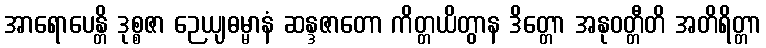
အာရောပေန္တိ ဒုစ္စဇာ ဉေယျဓမ္မာနံ ဆန္ဒဇာတော ကိတ္တယိတွာန ဒိတ္တော အနုဝတ္တီတိ အတိရိတ္တာ